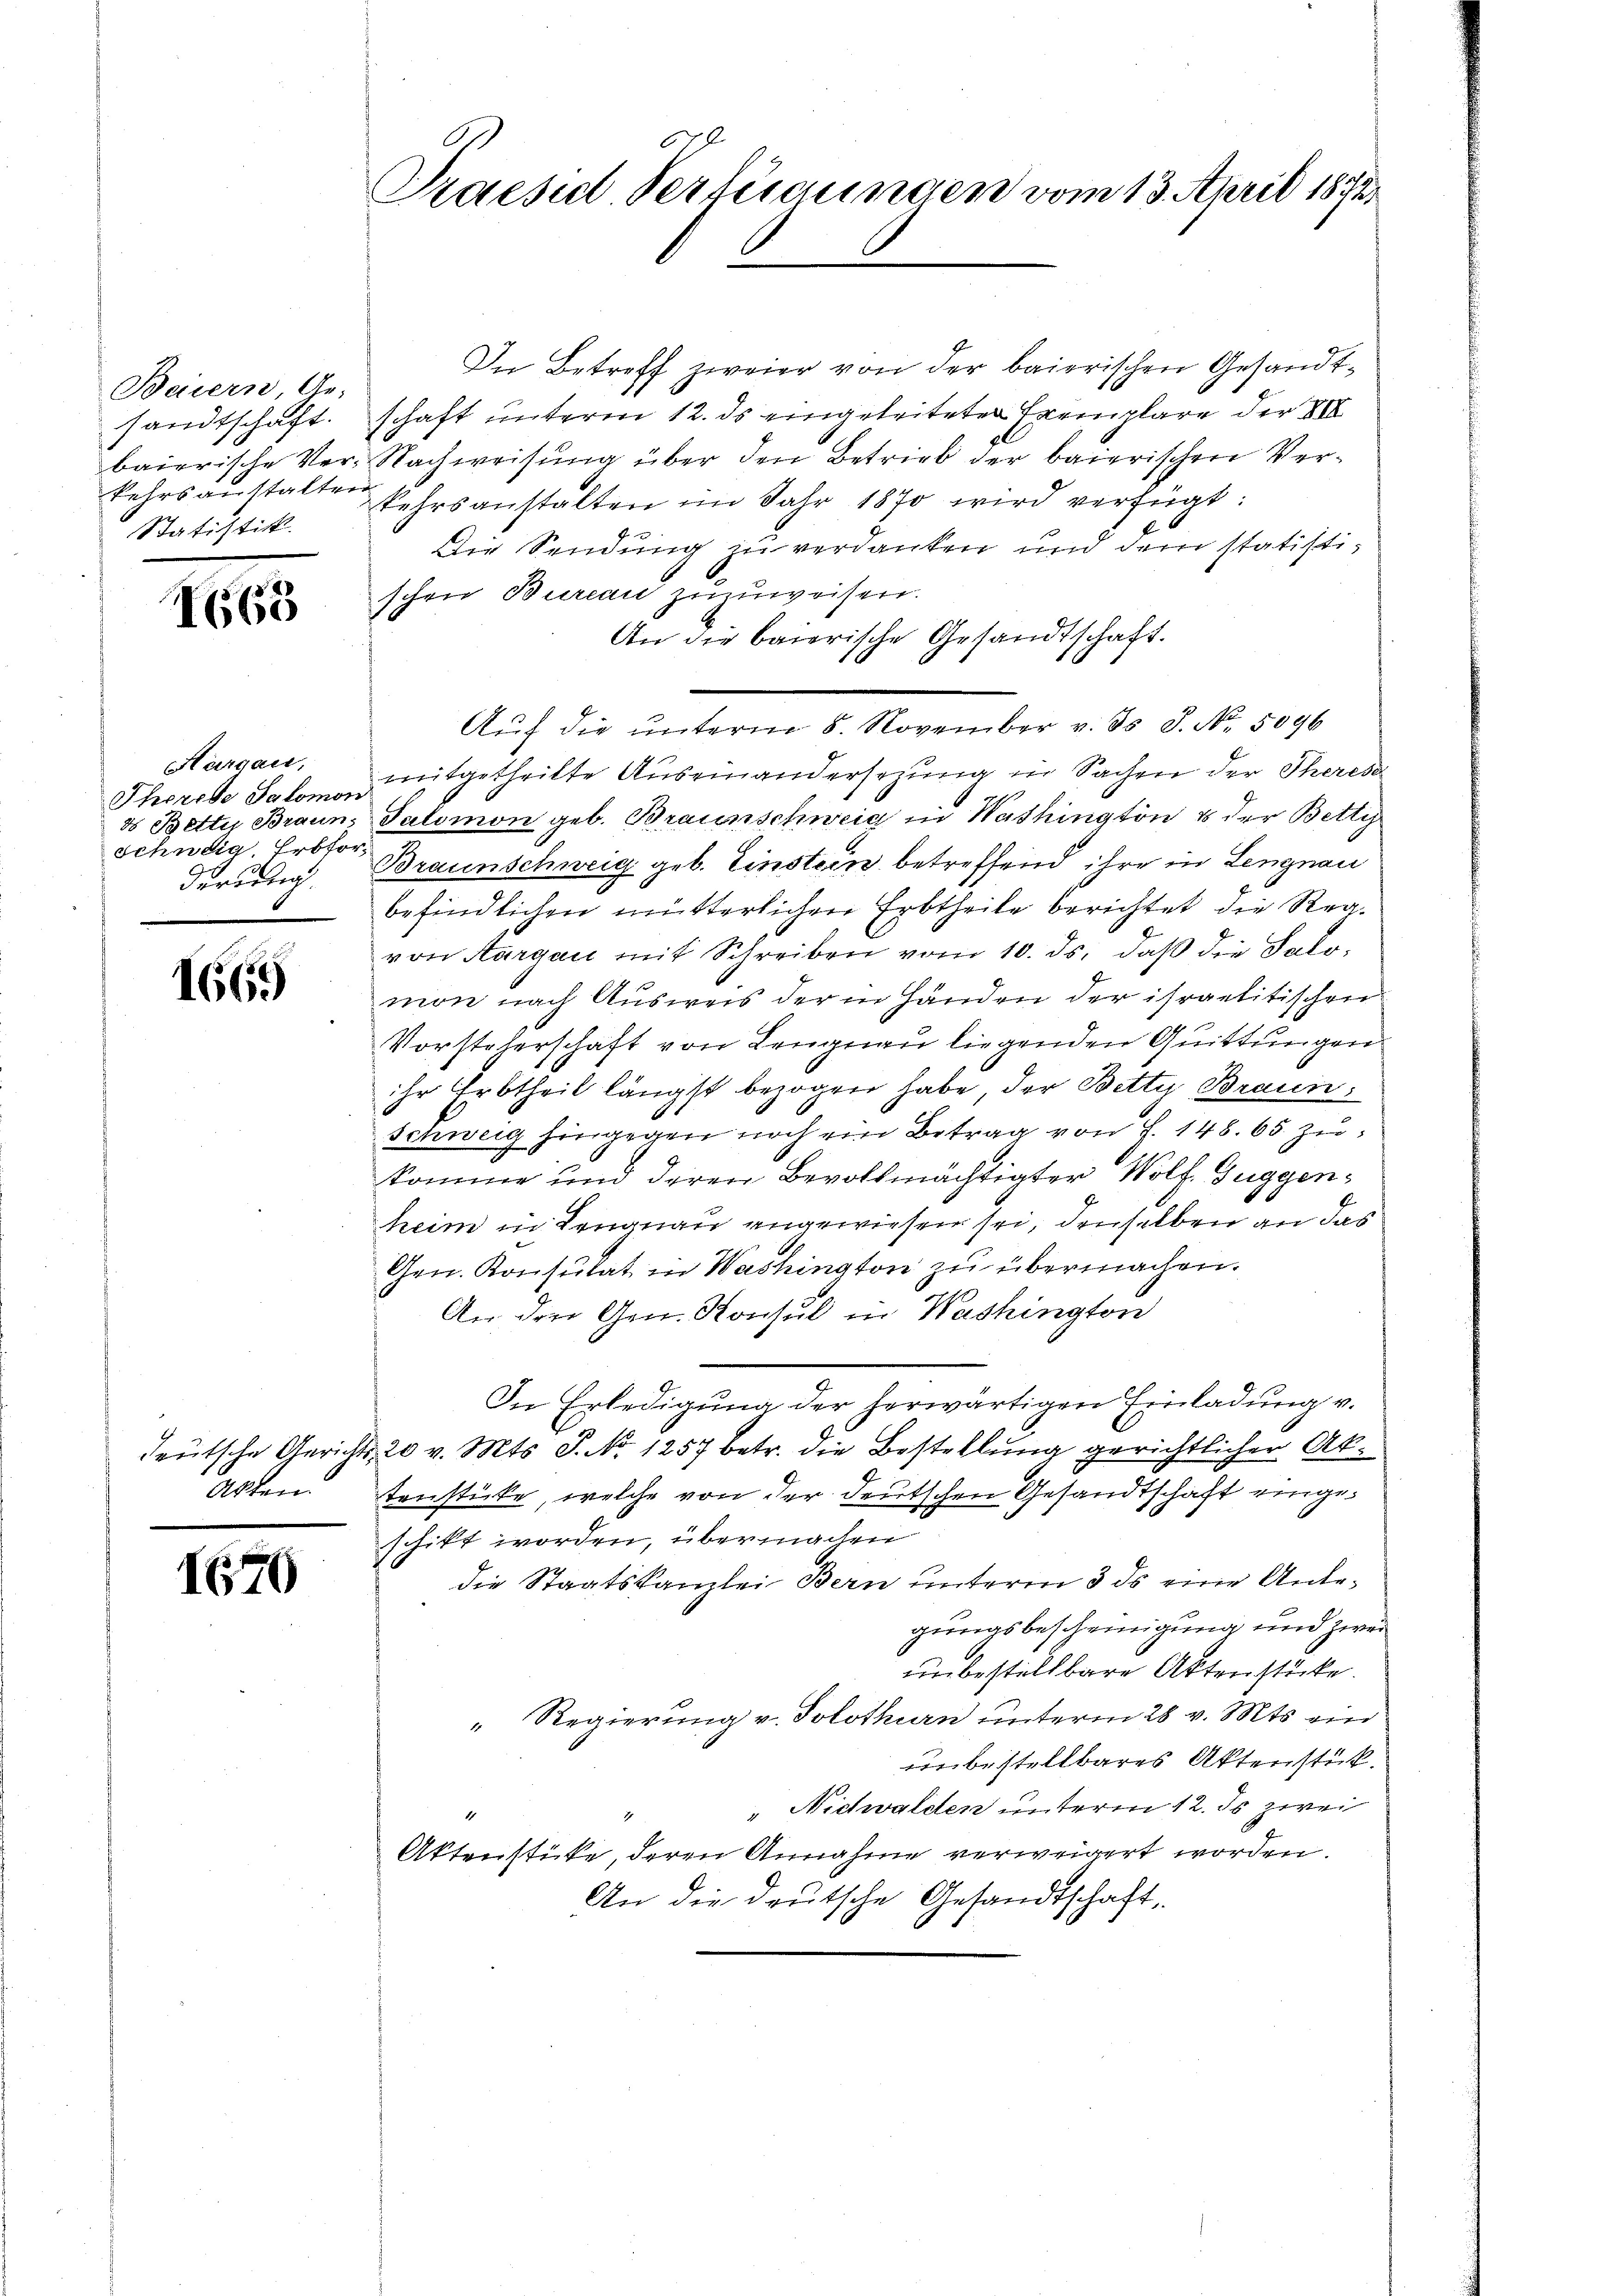
Beiern, (
sandtschaft.
baierische Verkehrsanstalten
Statistik.

I63

Hargau,
Therede Salomon
3 Betty Braun.
schudig. Erbforderung

1669

deutsche Gerichts¬
Akten.

I670

Praesid Verfügungen vom 13. April 1872

In Betreff zweier von der baierischen Gesandtschaft unterm 12. ds eingeleiteten Exemplare der XII
Nachweisung über den Betrieb der baierischen Verkehrsanstalten im Jahr 1870 wird verfügt:
Die Sendung zu verdanken und dem statistischen Bureau zuzuweisen.
An die baierische Gesandtschaft.
Auf die ŭnterm 5. November v. ds. S. Nr. 5096
mitgetheilte Auseinandersezung in Sachen der Theres
Salomon geb. Braunschweig in Washington & der Betty
Braunschweig geb. Einstein betreffend ihre in Lengnau
befindlichen mütterlichen Erbtheile berichtet die Regvon Aargau mit Schreiben vom 10. ds. daß die Salomon nach Ausweis der in Händen der ihr gelitischen
Vorsteherschaft von Lengnau liegenden Quittungen
ihr Erbtheil längst bezogen habe der Betty Braun
Schweig hingegen noch ein Betrag von S. 148. 65 zukomme und deren Bevollmächtigter Wolf Guggenheim in Lengnau angewiesen sei, denselben an das
Gen. Konsulat in Washington zu übermachen.
An den Gen. Konsul in Washington
In Erledigung der herwärtigen Einladung v.
20 v. Mts. S. No 1257 betr. die Bestellung gerichtlicher Aktenstücke, welche von der deutschen Gesandtschaft eingeschikt worden, übermachen
die Staatskanzlei Bern unterm 3 ds eine Antegungsbescheinigung und zwei
unbestellbare Aktenstücke.
" Regierung v. Solothurn unterm 28. v. Mts. ein
unbestellbares Aktenstück.
" Nidwalden unterm 12. ds zwei
Aktenstücke deren Annahme verweigert worden.
An die deutsche Gesandtschaft,